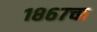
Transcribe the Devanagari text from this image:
१८६७चा